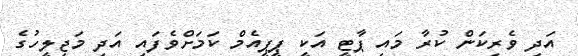
އަދި ވެރިކަން ކުރާ މައި ޕާޓީ އަކީ ޕީޕީއެމް ކަމަށްވެފައި އަދި މަޖިލީހުގެ